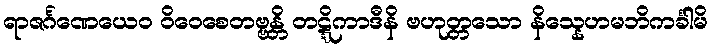
ရာဇင်္ဂဏေယေဝ ဝိဝေစေတဗ္ဗန္တိ တဋ္ဋိကာဒီနိ ဗဟုတ္တသော နိသ္နေဟမဘိကင်္ခါမိ